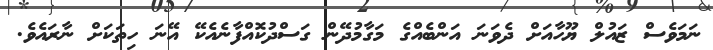
ނަމަވެސް ޒައުލް ޔޫހާއަށް ދެވަނަ އަންބެއްގެ މަގާމުދޭން ގަސްދުކޮއްފާނެއެކޭ އޭނަ ހިތަކަށް ނާރައެވެ.